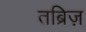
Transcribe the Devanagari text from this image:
तब्रिज़